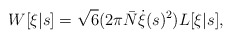
\begin{align*}W[\xi|s] = \sqrt{6} (2\pi \bar{N} \dot{\xi}(s)^2) L[\xi|s],\end{align*}